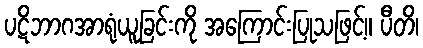
ပဋိဘာဂအာရုံယူခြင်းကို အကြောင်းပြုသဖြင့်။ ပီတိ၊